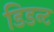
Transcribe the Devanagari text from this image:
डिडन्‍ट